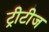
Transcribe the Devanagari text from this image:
ट्रीटीज